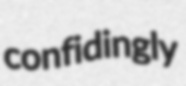
confidingly